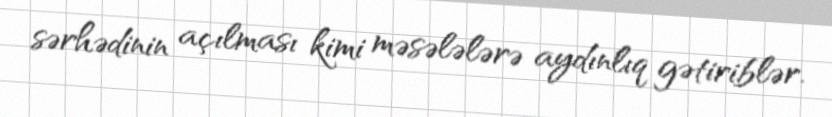
sərhədinin açılması kimi məsələlərə aydınlıq gətiriblər.